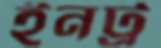
ইনট্র